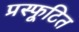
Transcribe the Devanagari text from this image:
प्रस्फूटित